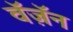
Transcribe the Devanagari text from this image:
वॅज़ॅन